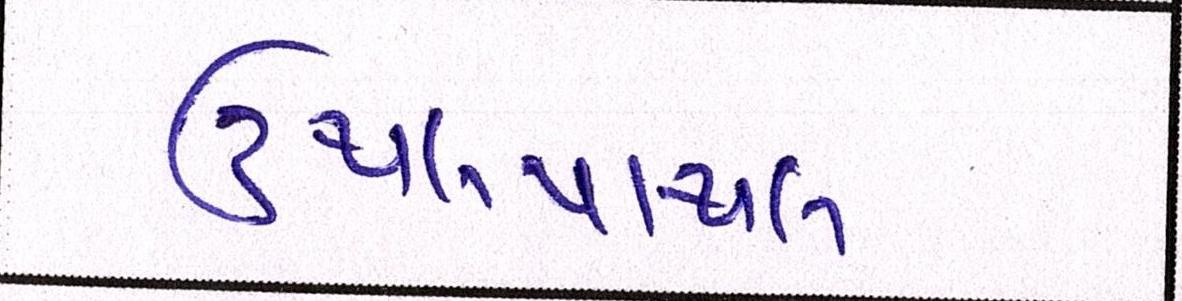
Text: ઉથલપાથલ